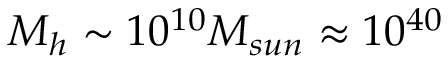
M _ { h } \sim 1 0 ^ { 1 0 } M _ { s u n } \approx 1 0 ^ { 4 0 }